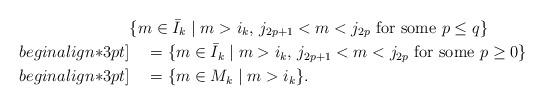
LaTeX: \begin{align*}&\{m \in \bar{I}_{k}\mid m>i_k,\,j_{2p+1}<m<j_{2p}\mbox{ for some }p\leq q\}\\begin{align*}3pt]&\quad=\{m \in \bar{I}_{k}\mid m>i_k,\,j_{2p+1}<m<j_{2p}\mbox{ for some }p\geq 0\}\\begin{align*}3pt]&\quad=\{m \in M_k\mid m>i_k\}.\end{align*}